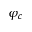
\varphi _ { c }